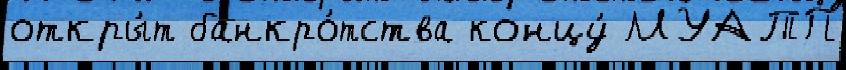
откры́т банкро́тства концу́ МУАТП